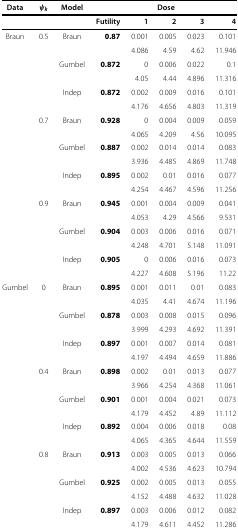
<table><thead><tr><td><b>Data</b></td><td><b><i>ψ</i><sub><i>k</i></sub></b></td><td><b>Model</b></td><td><b> </b></td><td><b> </b></td><td><b>Dose</b></td><td><b> </b></td><td><b> </b></td></tr></thead><tbody><tr><td> </td><td> </td><td> </td><td><b>Futility</b></td><td><b>1</b></td><td><b>2</b></td><td><b>3</b></td><td><b>4</b></td></tr><tr><td>Braun</td><td>0.5</td><td>Braun</td><td><b>0.87</b></td><td>0.001</td><td>0.005</td><td>0.023</td><td>0.101</td></tr><tr><td> </td><td> </td><td> </td><td> </td><td>4.086</td><td>4.59</td><td>4.62</td><td>11.946</td></tr><tr><td> </td><td> </td><td>Gumbel</td><td><b>0.872</b></td><td>0</td><td>0.006</td><td>0.022</td><td>0.1</td></tr><tr><td> </td><td> </td><td> </td><td> </td><td>4.05</td><td>4.44</td><td>4.896</td><td>11.316</td></tr><tr><td> </td><td> </td><td>Indep</td><td><b>0.872</b></td><td>0.002</td><td>0.009</td><td>0.016</td><td>0.101</td></tr><tr><td> </td><td> </td><td> </td><td> </td><td>4.176</td><td>4.656</td><td>4.803</td><td>11.319</td></tr><tr><td> </td><td>0.7</td><td>Braun</td><td><b>0.928</b></td><td>0</td><td>0.004</td><td>0.009</td><td>0.059</td></tr><tr><td> </td><td> </td><td> </td><td> </td><td>4.065</td><td>4.209</td><td>4.56</td><td>10.095</td></tr><tr><td> </td><td> </td><td>Gumbel</td><td><b>0.887</b></td><td>0.002</td><td>0.014</td><td>0.014</td><td>0.083</td></tr><tr><td> </td><td> </td><td> </td><td> </td><td>3.936</td><td>4.485</td><td>4.869</td><td>11.748</td></tr><tr><td> </td><td> </td><td>Indep</td><td><b>0.895</b></td><td>0.002</td><td>0.01</td><td>0.016</td><td>0.077</td></tr><tr><td> </td><td> </td><td> </td><td> </td><td>4.254</td><td>4.467</td><td>4.596</td><td>11.256</td></tr><tr><td> </td><td>0.9</td><td>Braun</td><td><b>0.945</b></td><td>0.001</td><td>0.004</td><td>0.009</td><td>0.041</td></tr><tr><td> </td><td> </td><td> </td><td> </td><td>4.053</td><td>4.29</td><td>4.566</td><td>9.531</td></tr><tr><td> </td><td> </td><td>Gumbel</td><td><b>0.904</b></td><td>0.003</td><td>0.006</td><td>0.016</td><td>0.071</td></tr><tr><td> </td><td> </td><td> </td><td> </td><td>4.248</td><td>4.701</td><td>5.148</td><td>11.091</td></tr><tr><td> </td><td> </td><td>Indep</td><td><b>0.905</b></td><td>0</td><td>0.006</td><td>0.016</td><td>0.073</td></tr><tr><td> </td><td> </td><td> </td><td> </td><td>4.227</td><td>4.608</td><td>5.196</td><td>11.22</td></tr><tr><td>Gumbel</td><td>0</td><td>Braun</td><td><b>0.895</b></td><td>0.001</td><td>0.011</td><td>0.01</td><td>0.083</td></tr><tr><td> </td><td> </td><td> </td><td> </td><td>4.035</td><td>4.41</td><td>4.674</td><td>11.196</td></tr><tr><td> </td><td> </td><td>Gumbel</td><td><b>0.878</b></td><td>0.003</td><td>0.008</td><td>0.015</td><td>0.096</td></tr><tr><td> </td><td> </td><td> </td><td> </td><td>3.999</td><td>4.293</td><td>4.692</td><td>11.391</td></tr><tr><td> </td><td> </td><td>Indep</td><td><b>0.897</b></td><td>0.001</td><td>0.007</td><td>0.014</td><td>0.081</td></tr><tr><td> </td><td> </td><td> </td><td> </td><td>4.197</td><td>4.494</td><td>4.659</td><td>11.886</td></tr><tr><td> </td><td>0.4</td><td>Braun</td><td><b>0.898</b></td><td>0.002</td><td>0.01</td><td>0.013</td><td>0.077</td></tr><tr><td> </td><td> </td><td> </td><td> </td><td>3.966</td><td>4.254</td><td>4.368</td><td>11.061</td></tr><tr><td> </td><td> </td><td>Gumbel</td><td><b>0.901</b></td><td>0.001</td><td>0.004</td><td>0.021</td><td>0.073</td></tr><tr><td> </td><td> </td><td> </td><td> </td><td>4.179</td><td>4.452</td><td>4.89</td><td>11.112</td></tr><tr><td> </td><td> </td><td>Indep</td><td><b>0.892</b></td><td>0.004</td><td>0.006</td><td>0.018</td><td>0.08</td></tr><tr><td> </td><td> </td><td> </td><td> </td><td>4.065</td><td>4.365</td><td>4.644</td><td>11.559</td></tr><tr><td> </td><td>0.8</td><td>Braun</td><td><b>0.913</b></td><td>0.003</td><td>0.005</td><td>0.013</td><td>0.066</td></tr><tr><td> </td><td> </td><td> </td><td> </td><td>4.002</td><td>4.536</td><td>4.623</td><td>10.794</td></tr><tr><td> </td><td> </td><td>Gumbel</td><td><b>0.925</b></td><td>0.002</td><td>0.005</td><td>0.013</td><td>0.055</td></tr><tr><td> </td><td> </td><td> </td><td> </td><td>4.152</td><td>4.488</td><td>4.632</td><td>11.028</td></tr><tr><td> </td><td> </td><td>Indep</td><td><b>0.897</b></td><td>0.003</td><td>0.006</td><td>0.012</td><td>0.082</td></tr><tr><td> </td><td> </td><td> </td><td> </td><td>4.179</td><td>4.611</td><td>4.452</td><td>11.286</td></tr></tbody></table>